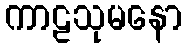
ကာဠသုမနော